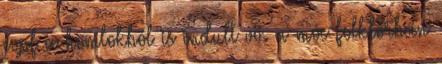
copf a homlokból is indult vö. a móc folklórban